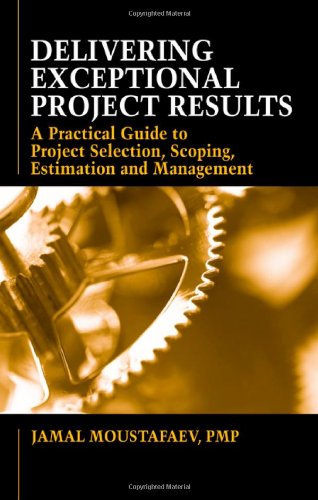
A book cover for Delivering Exceptional Project Results: A Practical Guide to Project Selection, Scoping, Estimation and Management; Jamal Moustafaev; Computers & Technology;